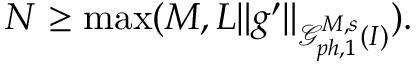
\begin{array} { r } { N \geq \operatorname* { m a x } ( M , L \| g ^ { \prime } \| _ { \mathcal { G } _ { p h , 1 } ^ { M , s } ( I ) } ) . } \end{array}